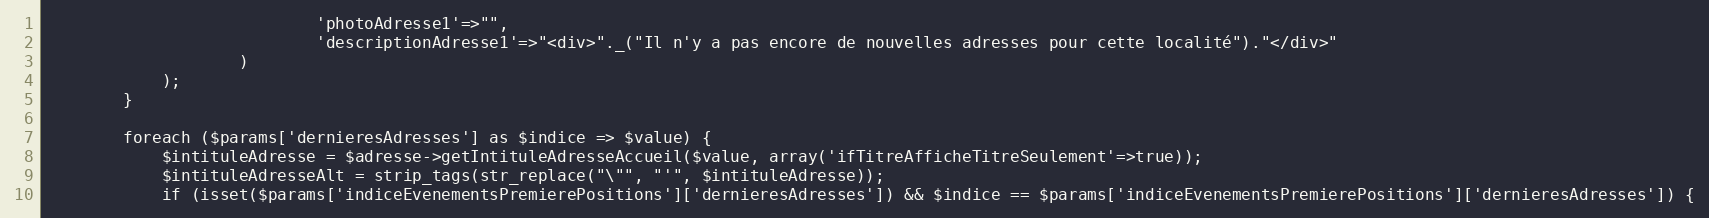
Language: PHP
							'photoAdresse1'=>"",
							'descriptionAdresse1'=>"<div>"._("Il n'y a pas encore de nouvelles adresses pour cette localité")."</div>"
					)
			);
		}

		foreach ($params['dernieresAdresses'] as $indice => $value) {
			$intituleAdresse = $adresse->getIntituleAdresseAccueil($value, array('ifTitreAfficheTitreSeulement'=>true));
			$intituleAdresseAlt = strip_tags(str_replace("\"", "'", $intituleAdresse));
			if (isset($params['indiceEvenementsPremierePositions']['dernieresAdresses']) && $indice == $params['indiceEvenementsPremierePositions']['dernieresAdresses']) {